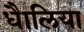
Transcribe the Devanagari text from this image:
धैालिया